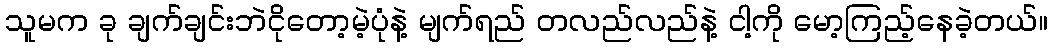
သူမက ခု ချက်ချင်းဘဲငိုတော့မဲ့ပုံနဲ့ မျက်ရည် တလည်လည်နဲ့ ငါ့ကို မော့ကြည့်နေခဲ့တယ်။